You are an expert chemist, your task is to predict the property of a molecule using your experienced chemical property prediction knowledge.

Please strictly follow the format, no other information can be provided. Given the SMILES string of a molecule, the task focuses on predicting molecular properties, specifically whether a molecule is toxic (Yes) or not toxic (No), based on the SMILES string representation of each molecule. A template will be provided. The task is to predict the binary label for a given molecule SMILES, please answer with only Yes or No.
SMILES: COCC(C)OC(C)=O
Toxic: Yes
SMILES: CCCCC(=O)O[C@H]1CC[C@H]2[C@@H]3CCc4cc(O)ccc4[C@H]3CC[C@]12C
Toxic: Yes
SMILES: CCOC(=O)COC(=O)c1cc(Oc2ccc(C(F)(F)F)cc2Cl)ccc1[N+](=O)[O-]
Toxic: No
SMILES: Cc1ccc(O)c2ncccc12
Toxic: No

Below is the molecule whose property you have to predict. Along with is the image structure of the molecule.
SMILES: CO[C@@H]1COCC[C@@H]1[NH2+][C@@H]1CC[C@@](C(=O)N2CCc3ncc(C(F)(F)F)cc3C2)(C(C)C)C1.O=C([O-])CCC(=O)O
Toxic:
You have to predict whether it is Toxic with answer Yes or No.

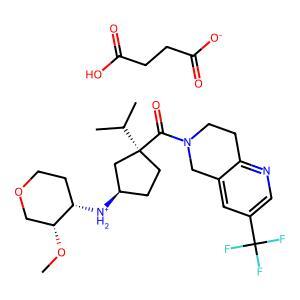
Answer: No